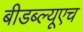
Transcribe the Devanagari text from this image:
बीडब्ल्यूएच